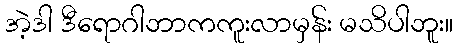
အဲ့ဒါ ဒီရောဂါဘာကကူးလာမှန်း မသိပါဘူး။